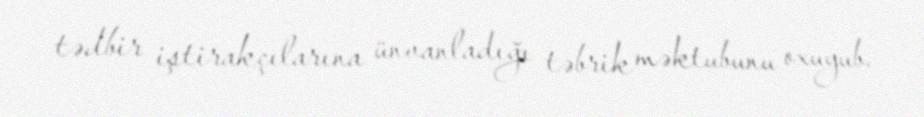
tədbir iştirakçılarına ünvanladığı təbrik məktubunu oxuyub.